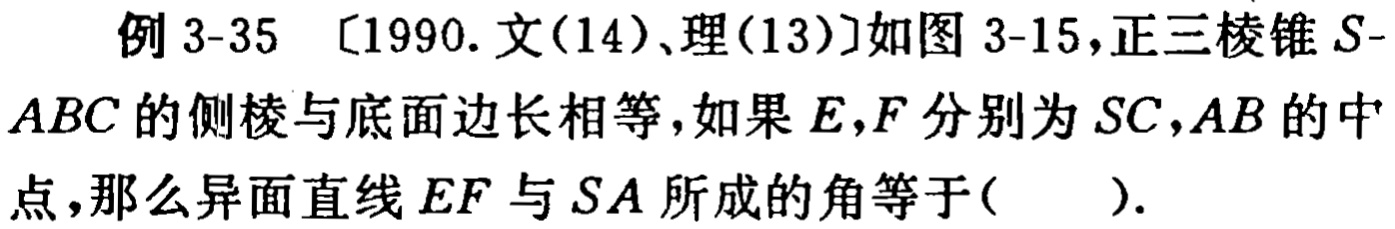
例 3-35 [1990. 文(14)、理(13)]如图 3-15,正三棱锥 \(S - ABC\) 的侧棱与底面边长相等,如果 \(E,F\) 分别为 \(SC,AB\) 的中点,那么异面直线 \(EF\) 与 \(SA\) 所成的角等于( ).